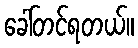
ခေါ်တင်ရတယ်။